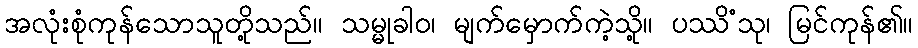
အလုံးစုံကုန်သောသူတို့သည်။ သမ္မုခါဝ၊ မျက်မှောက်ကဲ့သို့။ ပဿိံသု၊ မြင်ကုန်၏။